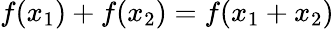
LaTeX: f(x_{1})+f(x_{2})=f(x_{1}+x_{2})